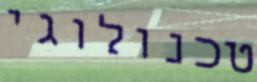
טכנולוגי